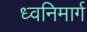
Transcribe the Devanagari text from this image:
ध्वनिमार्ग